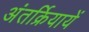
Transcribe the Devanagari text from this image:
अंतर्क्रियायें